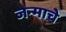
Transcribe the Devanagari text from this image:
जन्माचेे